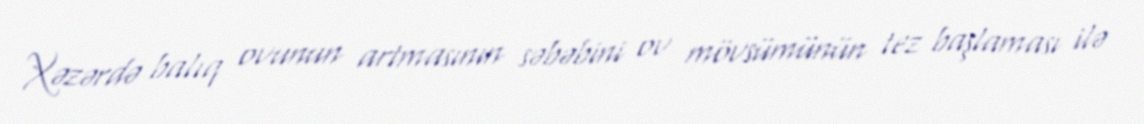
Xəzərdə balıq ovunun artmasının səbəbini ov mövsümünün tez başlaması ilə